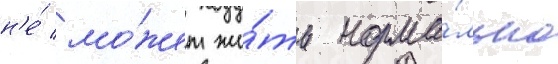
н'е́ мо́жет жи́ть норма́льно